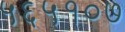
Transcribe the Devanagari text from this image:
५६५१०७